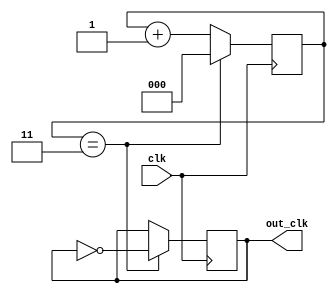
`timescale 1ns / 1ps
//////////////////////////////////////////////////////////////////////////////////
// Company: 
// Engineer: 
// 
// Design Name: 
// Module Name: clock_divider
// Project Name: 
// Target Devices: 
// Tool Versions: 
// Description: 
// 
// Dependencies: 
// 
// Revision:
// Revision 0.01 - File Created
// Additional Comments:
// 
//////////////////////////////////////////////////////////////////////////////////


module ClockDivider (
    input wire clk,  // Original clock
    output wire out_clk  // Divided clock
);
reg out_clk_reg =0;
reg [2:0] count =0;  // 3-bit counter to count 8 clock cycles
assign out_clk= out_clk_reg;
always @(posedge clk) begin
    if (count == 3'b011) begin
        out_clk_reg <= ~out_clk_reg;  // Toggle the divided clock
        count <= 0;  // Reset the counter
    end
    else begin
        count <= count + 1;  // Increment the counter
    end
end

endmodule